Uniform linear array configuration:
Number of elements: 48
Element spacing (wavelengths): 0.5
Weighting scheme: cosine
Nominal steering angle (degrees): -30
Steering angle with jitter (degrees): -30.271
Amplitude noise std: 0.05
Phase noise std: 0.05

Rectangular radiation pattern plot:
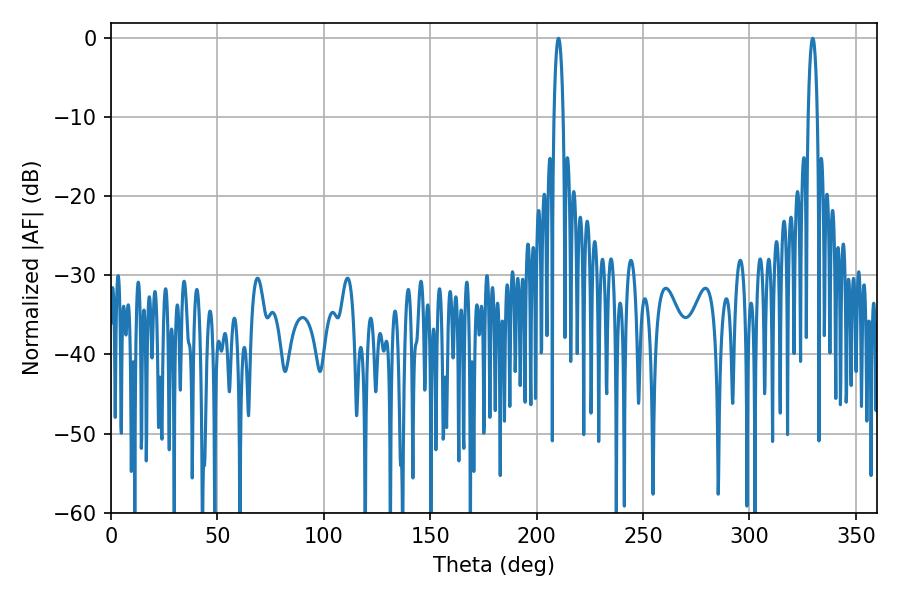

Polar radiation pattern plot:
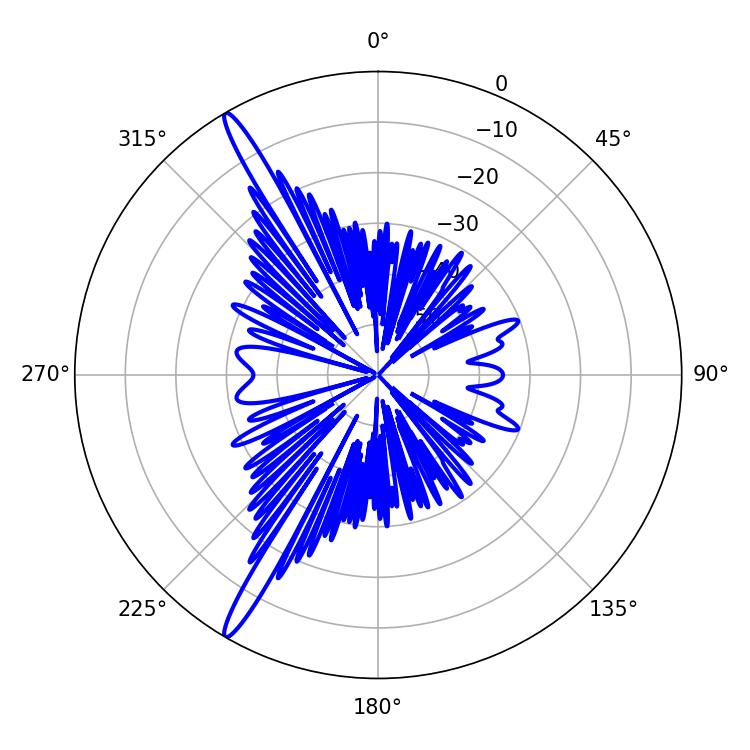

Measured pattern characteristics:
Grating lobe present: FALSE
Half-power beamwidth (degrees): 2.34
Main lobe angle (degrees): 329.76